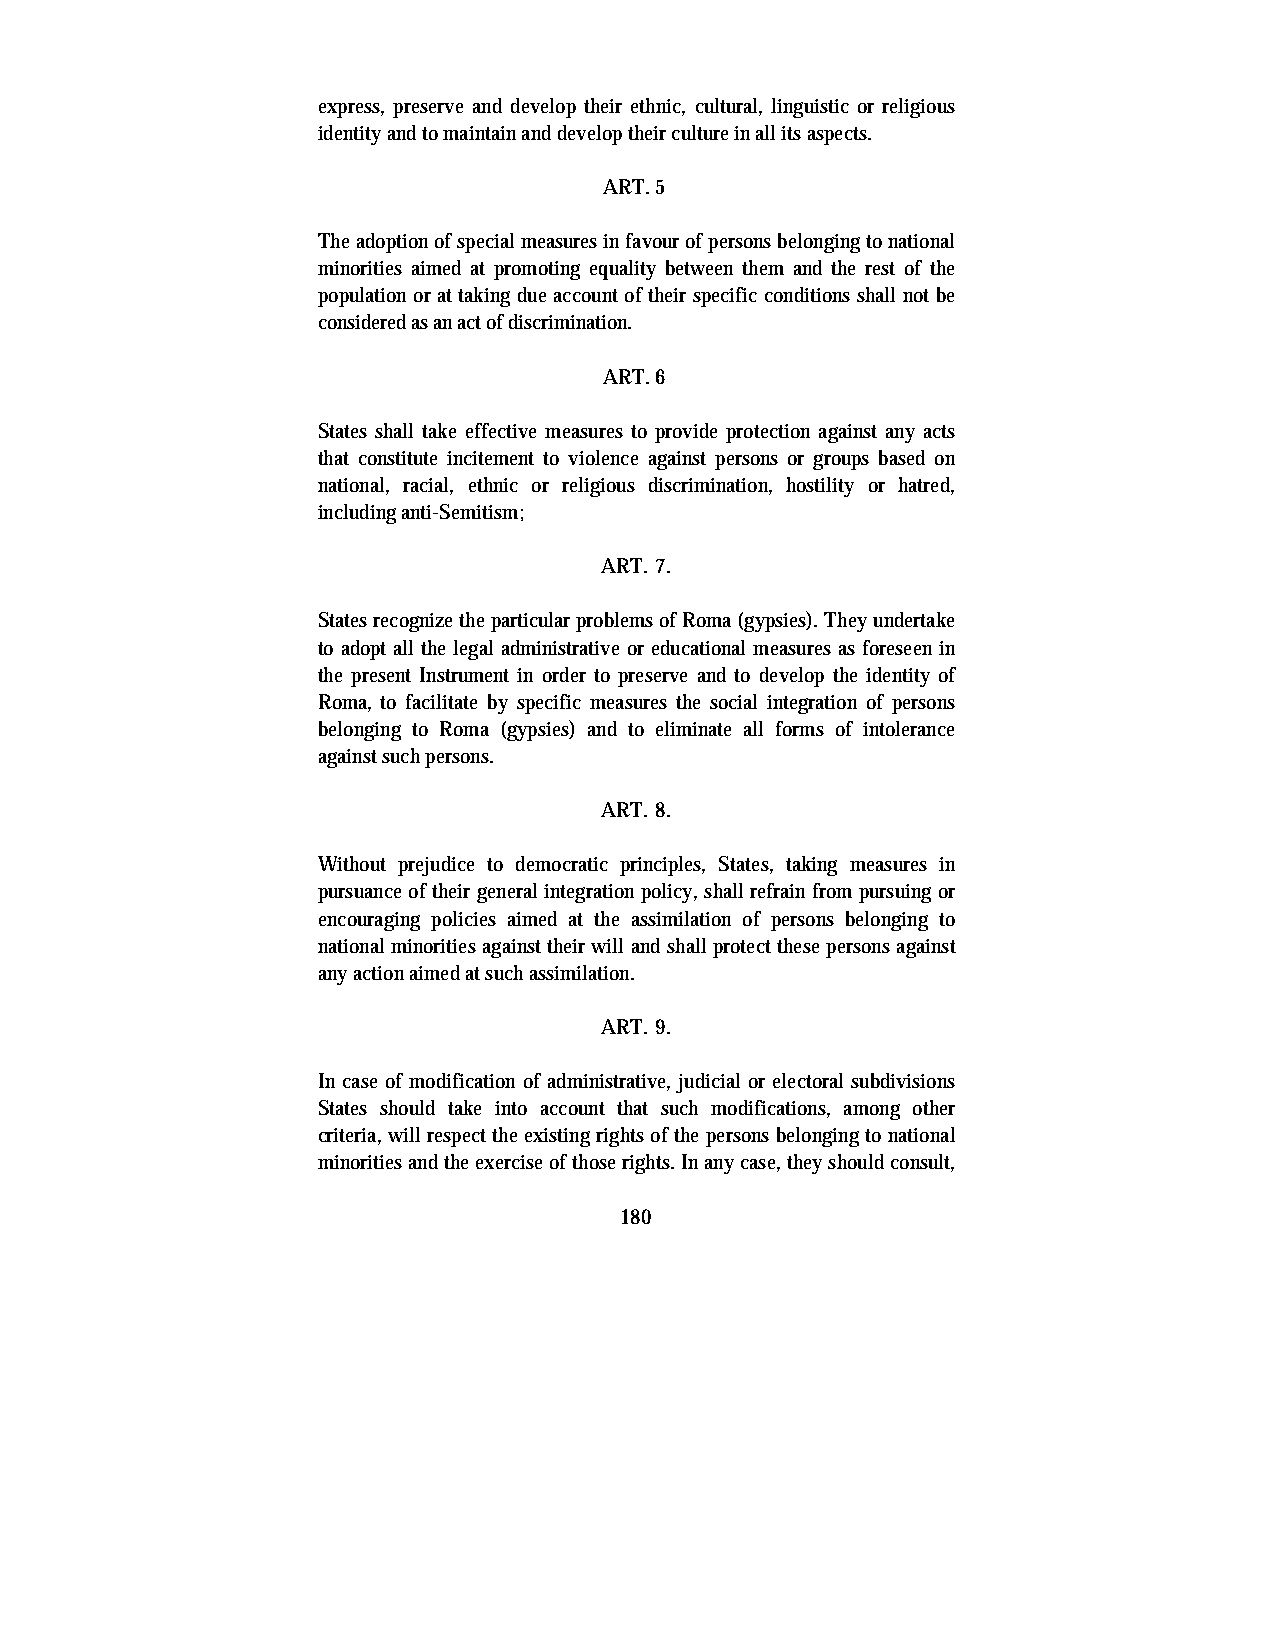
express, preserve and develop their ethnic, cultural, linguistic or religious
 identity and to maintain and develop their culture in all its aspects.
 ART. 5
 The adoption of special measures in favour of persons belonging to national
 minorities aimed at promoting equality between them and the rest of the
 population or at taking due account of their specific conditions shall not be
 considered as an act of discrimination.
 ART. 6
 States shall take effective measures to provide protection against any acts
 that constitute incitement to violence against persons or groups based on
 national, racial, ethnic or religious discrimination, hostility or hatred,
 including anti-Semitism;
 ART. 7.
 States recognize the particular problems of Roma (gypsies). They undertake
 to adopt all the legal administrative or educational measures as foreseen in
 the present Instrument in order to preserve and to develop the identity of
 Roma, to facilitate by specific measures the social integration of persons
 belonging to Roma (gypsies) and to eliminate all forms of intolerance
 against such persons.
 ART. 8.
 Without prejudice to democratic principles, States, taking measures in
 pursuance of their general integration policy, shall refrain from pursuing or
 encouraging policies aimed at the assimilation of persons belonging to
 national minorities against their will and shall protect these persons against
 any action aimed at such assimilation.
 ART. 9.
 In case of modification of administrative, judicial or electoral subdivisions
 States should take into account that such modifications, among other
 criteria, will respect the existing rights of the persons belonging to national
 minorities and the exercise of those rights. In any case, they should consult,
 180